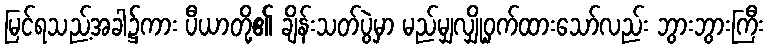
မြင်ရသည့်အခါ၌ကား ပီယာတို့၏ ချိန်းသတ်ပွဲမှာ မည်မျှလျှို့ဝှက်ထားသော်လည်း ဘွားဘွားကြီး